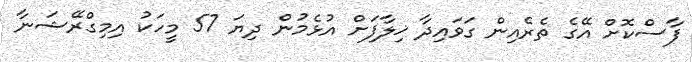
ފާސްކޮށް އޭގެ ތެރެއިން ގަވައިދާ ޚިލާފަށް އުޅެމުން ދިޔަ 57 މީހަކު އިމިގްރޭޝަނާ